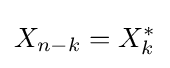
X_{n-k}=X_{k}^{*}